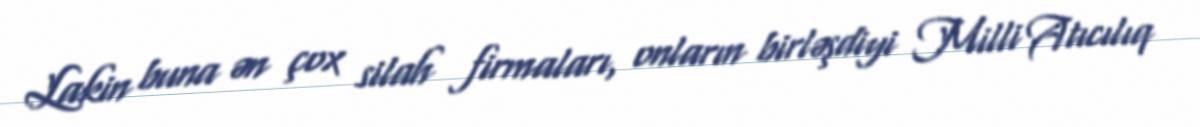
Lakin buna ən çox silah firmaları, onların birləşdiyi Milli Atıcılıq